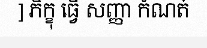
] ភិក្ខុ ធ្វើ សញ្ញា កំណត់